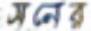
সনের